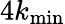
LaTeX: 4k_{\mathrm{min}}